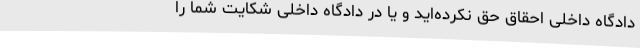
دادگاه داخلی احقاق حق نکرده‌اید و یا در دادگاه داخلی شکایت شما را